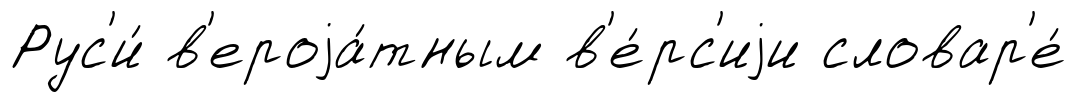
Рус'и́ в'ероjа́тным в'е́рс'иjи словар'е́